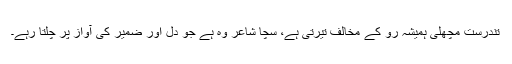
تندرست مچھلی ہمیشہ رو کے مخالف تیرتی ہے، سچا شاعر وہ ہے جو دل اور ضمیر کی آواز پر چلتا رہے۔